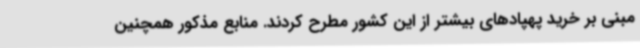
مبنی بر خرید پهپادهای بیشتر از این کشور مطرح کردند. منابع مذکور همچنین